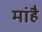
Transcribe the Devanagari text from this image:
मांहै